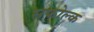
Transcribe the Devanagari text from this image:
सफोल्क